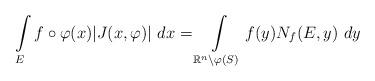
LaTeX: \begin{align*}\int\limits_E f\circ\varphi (x) |J(x,\varphi)|~dx=\int\limits_{\mathbb R^n\setminus \varphi(S)} f(y)N_f(E,y)~dy\end{align*}